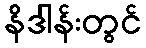
နိဒါန်းတွင်